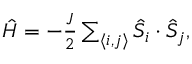
\begin{array} { r } { \hat { H } = - \frac { J } { 2 } \sum _ { \langle i , j \rangle } \hat { S } _ { i } \cdot \hat { S } _ { j } , } \end{array}